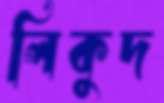
লিকুদ